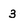
Character: 3